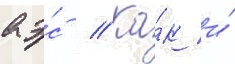
аэ́с // Ка́к и́